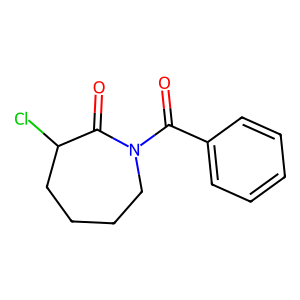
SMILES: O=C(c1ccccc1)N1CCCCC(Cl)C1=O
Inhibits HIV replication: No